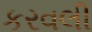
કરવલી